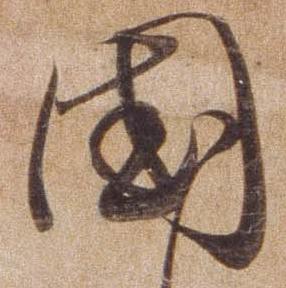
国